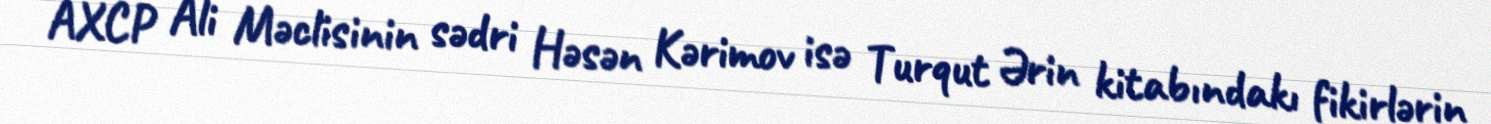
AXCP Ali Məclisinin sədri Həsən Kərimov isə Turqut Ərin kitabındakı fikirlərin